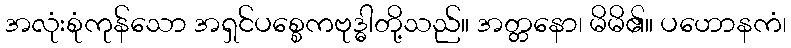
အလုံးစုံကုန်သော အရှင်ပစ္စေကဗုဒ္ဓါတို့သည်။ အတ္တနော၊ မိမိ၏။ ပဟောနကံ၊